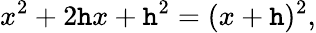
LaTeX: x^{2}+2\mathtt{h}x+\mathtt{h}^{2}=(x+\mathtt{h})^{2},